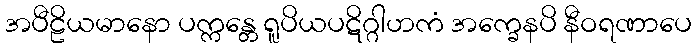
အပီဠိယမာနော ပက္ကန္တေ ရူပိယပဋိဂ္ဂါဟကံ အက္ခေနပိ နီဝရဏာပေ